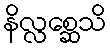
နိလ္လစ္ဆေသိ